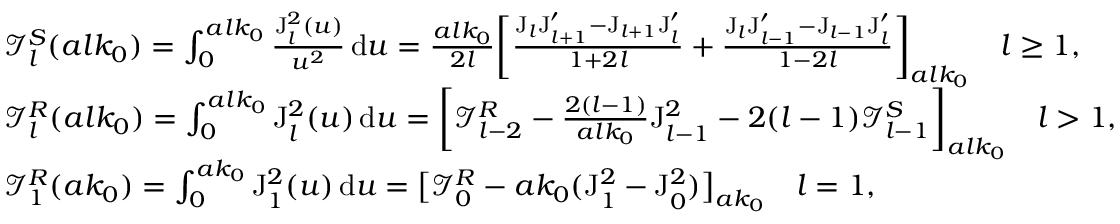
\begin{array} { r l } & { \mathcal { I } _ { l } ^ { S } ( a l k _ { 0 } ) = \int _ { 0 } ^ { a l k _ { 0 } } \frac { \mathrm { J } _ { l } ^ { 2 } ( u ) } { u ^ { 2 } } \, \mathrm { d } u = \frac { a l k _ { 0 } } { 2 l } \bigg [ \frac { \mathrm { J } _ { l } \mathrm { J } _ { l + 1 } ^ { \prime } - \mathrm { J } _ { l + 1 } \mathrm { J } _ { l } ^ { \prime } } { 1 + 2 l } + \frac { \mathrm { J } _ { l } \mathrm { J } _ { l - 1 } ^ { \prime } - \mathrm { J } _ { l - 1 } \mathrm { J } _ { l } ^ { \prime } } { 1 - 2 l } \bigg ] _ { a l k _ { 0 } } \quad l \geq 1 , } \\ & { \mathcal { I } _ { l } ^ { R } ( a l k _ { 0 } ) = \int _ { 0 } ^ { a l k _ { 0 } } \mathrm { J } _ { l } ^ { 2 } ( u ) \, \mathrm { d } u = \bigg [ \mathcal { I } _ { l - 2 } ^ { R } - \frac { 2 ( l - 1 ) } { a l k _ { 0 } } \mathrm { J } _ { l - 1 } ^ { 2 } - 2 ( l - 1 ) \mathcal { I } _ { l - 1 } ^ { S } \bigg ] _ { a l k _ { 0 } } \quad l > 1 , } \\ & { \mathcal { I } _ { 1 } ^ { R } ( a k _ { 0 } ) = \int _ { 0 } ^ { a k _ { 0 } } \mathrm { J } _ { 1 } ^ { 2 } ( u ) \, \mathrm { d } u = \big [ \mathcal { I } _ { 0 } ^ { R } - a k _ { 0 } ( \mathrm { J } _ { 1 } ^ { 2 } - \mathrm { J } _ { 0 } ^ { 2 } ) \big ] _ { a k _ { 0 } } \quad l = 1 , } \end{array}